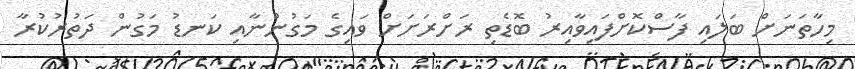
މިހާތަނަށް ބަލައި ފާސްކޮށްފައިވާއިރު ބޮޑެތި ރަށްރަށަށް ވައިގެ މަގުންނާއި ކަނޑު މަގުން ދަތުރުކުރާ